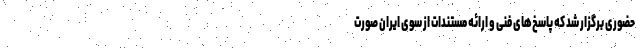
حضوری برگزار شد که پاسخ‌های فنی و ارائه مستندات از سوی ایران صورت